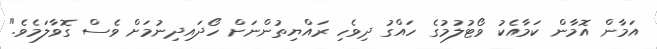
އަމާން އޮމާން ކަމާއެކު ވޯޓުލުމުގެ ހައްގު ދިވެހި ރައްޔިތުންނަށް ހޯދައިދިނުމަށް ވެސް ގޮވާލަމެވެ."